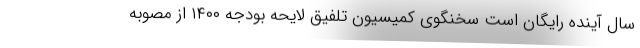
سال آینده رایگان است سخنگوی کمیسیون تلفیق لایحه بودجه ۱۴۰۰ از مصوبه